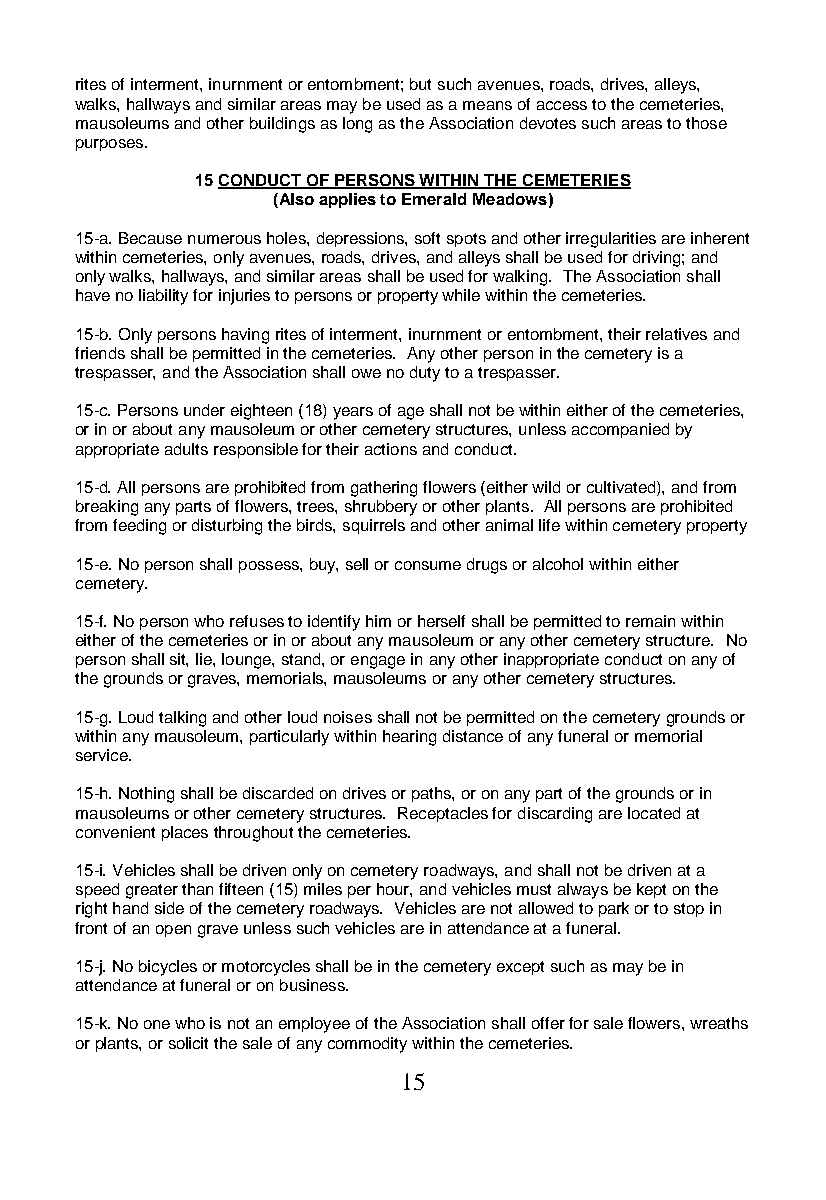
rites of interment, inurnment or entombment; but such avenues, roads, drives, alleys,
 walks, hallways and similar areas may be used as a means of access to the cemeteries,
 mausoleums and other buildings as long as the Association devotes such areas to those
 purposes.
 15 CONDUCT OF PERSONS WITHIN THE CEMETERIES
 (Also applies to Emerald Meadows)
 15-a. Because numerous holes, depressions, soft spots and other irregularities are inherent
 within cemeteries, only avenues, roads, drives, and alleys shall be used for driving; and
 only walks, hallways, and similar areas shall be used for walking. The Association shall
 have no liability for injuries to persons or property while within the cemeteries.
 15-b. Only persons having rites of interment, inurnment or entombment, their relatives and
 friends shall be permitted in the cemeteries. Any other person in the cemetery is a
 trespasser, and the Association shall owe no duty to a trespasser.
 15-c. Persons under eighteen (18) years of age shall not be within either of the cemeteries,
 or in or about any mausoleum or other cemetery structures, unless accompanied by
 appropriate adults responsible for their actions and conduct.
 15-d. All persons are prohibited from gathering flowers (either wild or cultivated), and from
 breaking any parts of flowers, trees, shrubbery or other plants. All persons are prohibited
 from feeding or disturbing the birds, squirrels and other animal life within cemetery property
 15-e. No person shall possess, buy, sell or consume drugs or alcohol within either
 cemetery.
 15-f. No person who refuses to identify him or herself shall be permitted to remain within
 either of the cemeteries or in or about any mausoleum or any other cemetery structure. No
 person shall sit, lie, lounge, stand, or engage in any other inappropriate conduct on any of
 the grounds or graves, memorials, mausoleums or any other cemetery structures.
 15-g. Loud talking and other loud noises shall not be permitted on the cemetery grounds or
 within any mausoleum, particularly within hearing distance of any funeral or memorial
 service.
 15-h. Nothing shall be discarded on drives or paths, or on any part of the grounds or in
 mausoleums or other cemetery structures. Receptacles for discarding are located at
 convenient places throughout the cemeteries.
 15-i. Vehicles shall be driven only on cemetery roadways, and shall not be driven at a
 speed greater than fifteen (15) miles per hour, and vehicles must always be kept on the
 right hand side of the cemetery roadways. Vehicles are not allowed to park or to stop in
 front of an open grave unless such vehicles are in attendance at a funeral.
 15-j. No bicycles or motorcycles shall be in the cemetery except such as may be in
 attendance at funeral or on business.
 15-k. No one who is not an employee of the Association shall offer for sale flowers, wreaths
 or plants, or solicit the sale of any commodity within the cemeteries.
 15